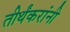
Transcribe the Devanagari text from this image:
तीर्थंकरांनी